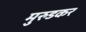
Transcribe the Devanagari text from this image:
मुरुडकर